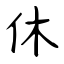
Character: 休